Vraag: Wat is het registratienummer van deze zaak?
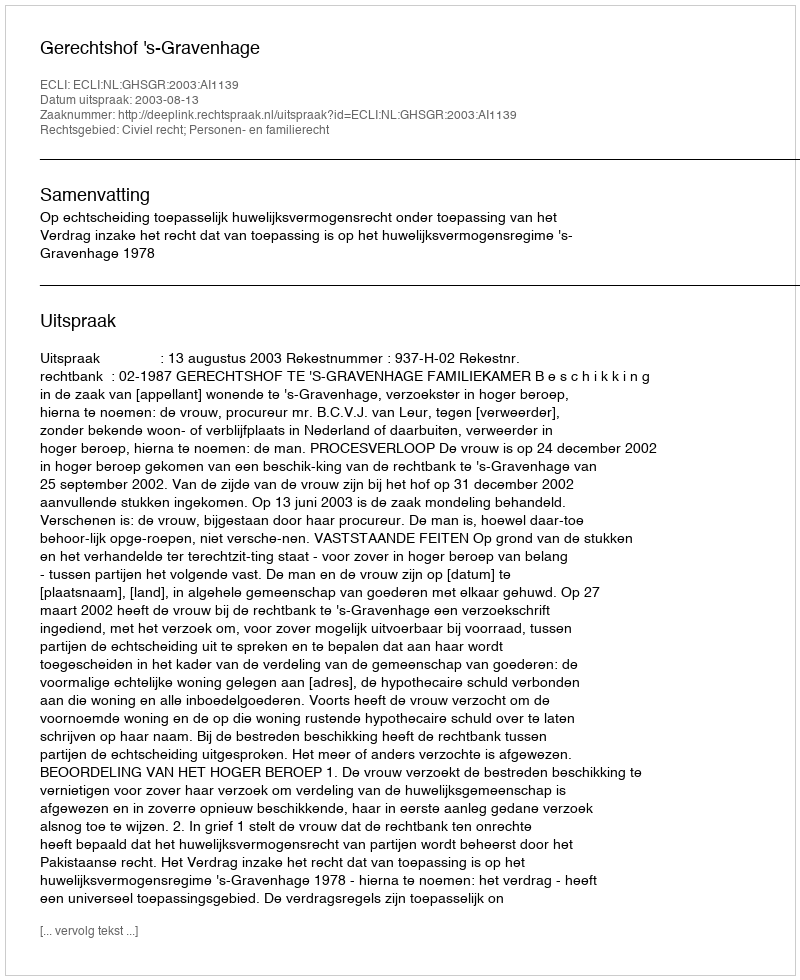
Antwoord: http://deeplink.rechtspraak.nl/uitspraak?id=ECLI:NL:GHSGR:2003:AI1139